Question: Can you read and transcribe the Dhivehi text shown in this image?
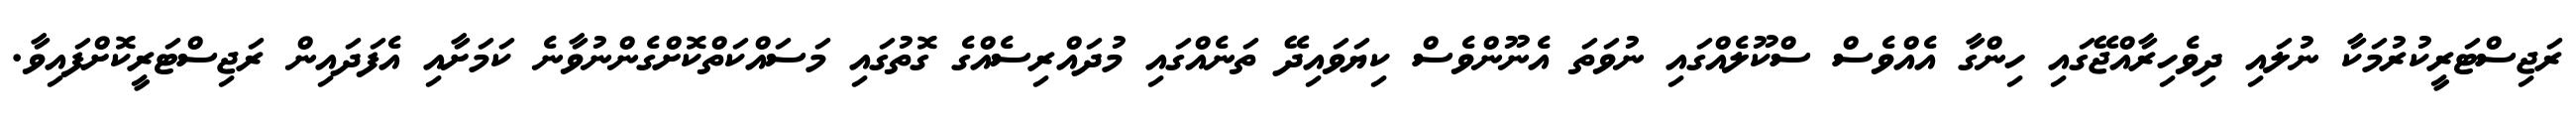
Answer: ރަޖިސްޓަރީކުރުމަކާ ނުލައި ދިވެހިރާއްޖޭގައި ހިންގާ އެއްވެސް ސްކޫލެއްގައި ނުވަތަ އެނޫންވެސް ކިޔަވައިދޭ ތަނެއްގައި މުދައްރިސެއްގެ ގޮތުގައި މަސައްކަތްކޮށްގެންނުވާނެ ކަމަށާއި އެފަދައިން ރަޖިސްޓަރީކޮށްފައިވާ.